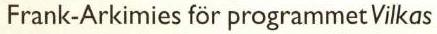
Frank-Arkimies för programmet Vilkas